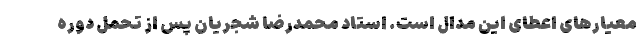
معیارهای اعطای این مدال است. استاد محمدرضا شجریان پس از تحمل دوره